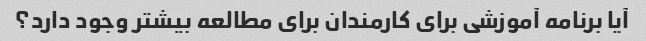
آیا برنامه آموزشی برای کارمندان برای مطالعه بیشتر وجود دارد؟